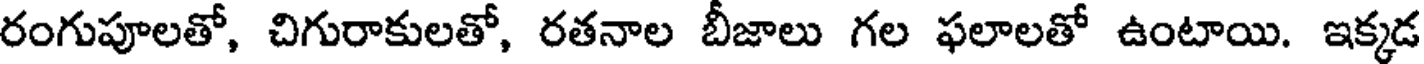
రంగుపూలతో, చిగురాకులతో, రతనాల బీజాలు గల ఫలాలతో ఉంటాయి. ఇక్కడ